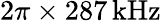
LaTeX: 2\pi\times 287\, \mathrm{kHz}